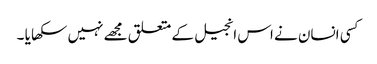
کسی انسان نے اس انجیل کے متعلق مجھے نہیں سکھا یا ۔